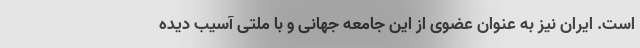
است. ایران نیز به عنوان عضوی از این جامعه جهانی و با ملتی آسیب دیده